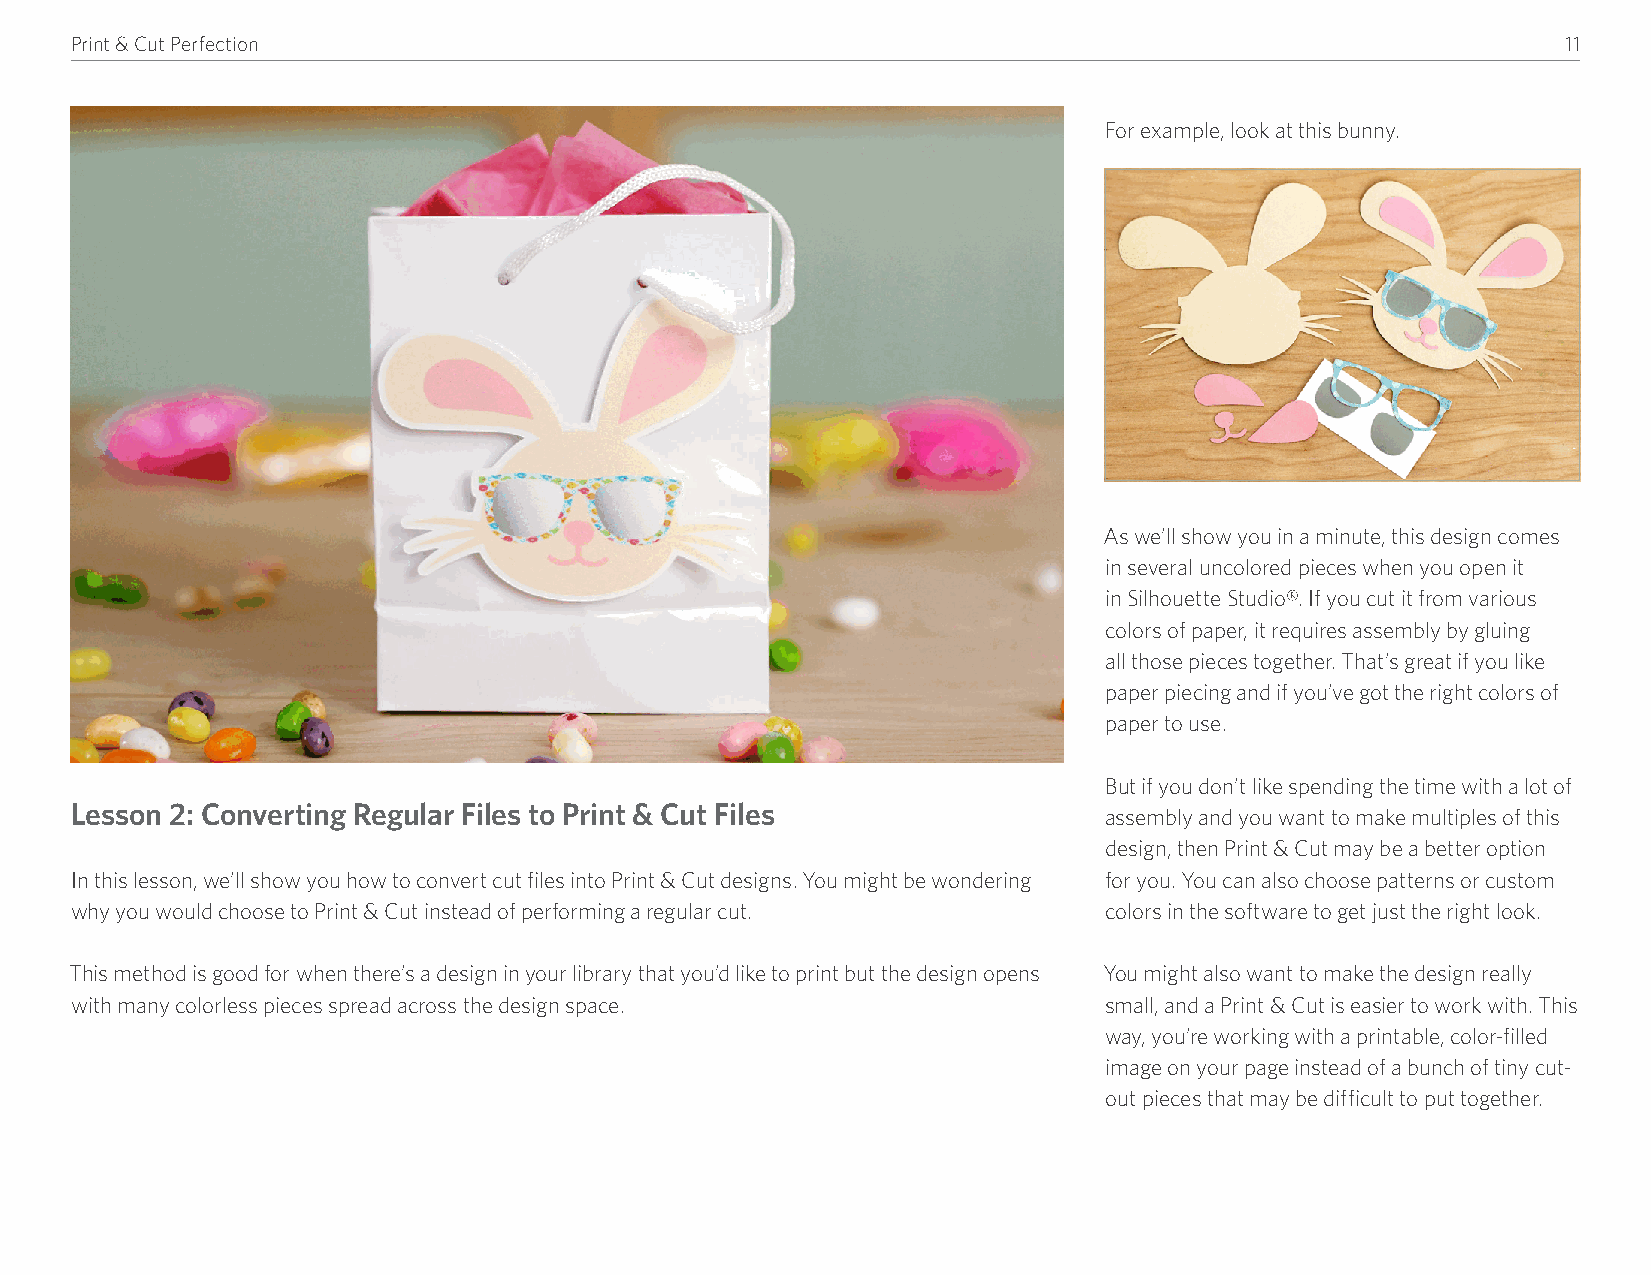
Print & Cut Perfection                                                                             11
 For example, look at this bunny�
 As we’ll show you in a minute, this design comes
 in several uncolored pieces when you open it
 in Silhouette Studio®� If you cut it from various
 colors of paper, it requires assembly by gluing
 all those pieces together� That’s great if you like
 paper piecing and if you’ve got the right colors of
 paper to use�
 But if you don’t like spending the time with a lot of
 Lesson 2: Converting Regular Files to Print & Cut Files
 assembly and you want to make multiples of this
 design, then Print & Cut may be a better option
 In this lesson, we’ll show you how to convert cut files into Print & Cut designs� You might be wondering for you� You can also choose patterns or custom
 why you would choose to Print & Cut instead of performing a regular cut� colors in the software to get just the right look�
 This method is good for when there’s a design in your library that you’d like to print but the design opens You might also want to make the design really
 with many colorless pieces spread across the design space�          small, and a Print & Cut is easier to work with� This
 way, you’re working with a printable, color-filled
 image on your page instead of a bunch of tiny cut-
 out pieces that may be difficult to put together�